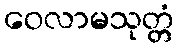
ဝေလာမသုတ္တံ